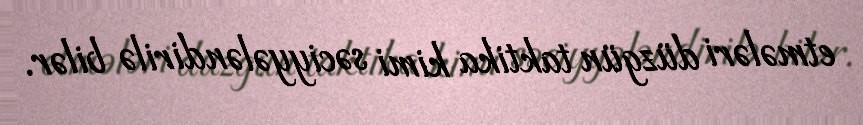
etmələri düzgün taktika kimi səciyyələndirilə bilər.